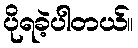
ပိုရခဲ့ပါတယ်။